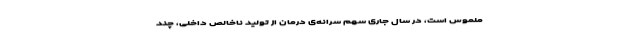
ملموس است، در سال جاری سهم سرانه‌ی درمان از تولید ناخالص داخلی، چند